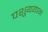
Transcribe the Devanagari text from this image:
पशुययाग